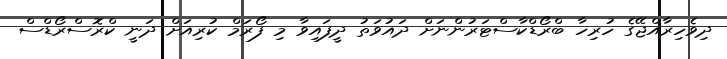
ދިވެހިރާއްޖޭގެ ހުރިހާ ބްރޯޑްކާސްޓަރުންނަށް ދައުވަތު ދީފައިވާ މި ފޯރަމް ކުރިއަށް ދަނީ ކްރޮސްރޯޑްސް